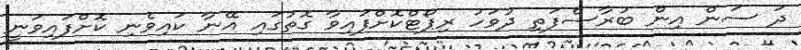
ދަ ސަން އިން ބުރާސްފަތި ދުވަހު ރިޕޯޓްކޮށްފައިވާ ގޮތުގައި އޭނާ ކައިވެނި ކޮށްފައިވަނީ